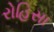
રોહિસા